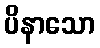
ပိနာသော